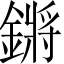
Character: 鏘